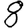
Digit: 8